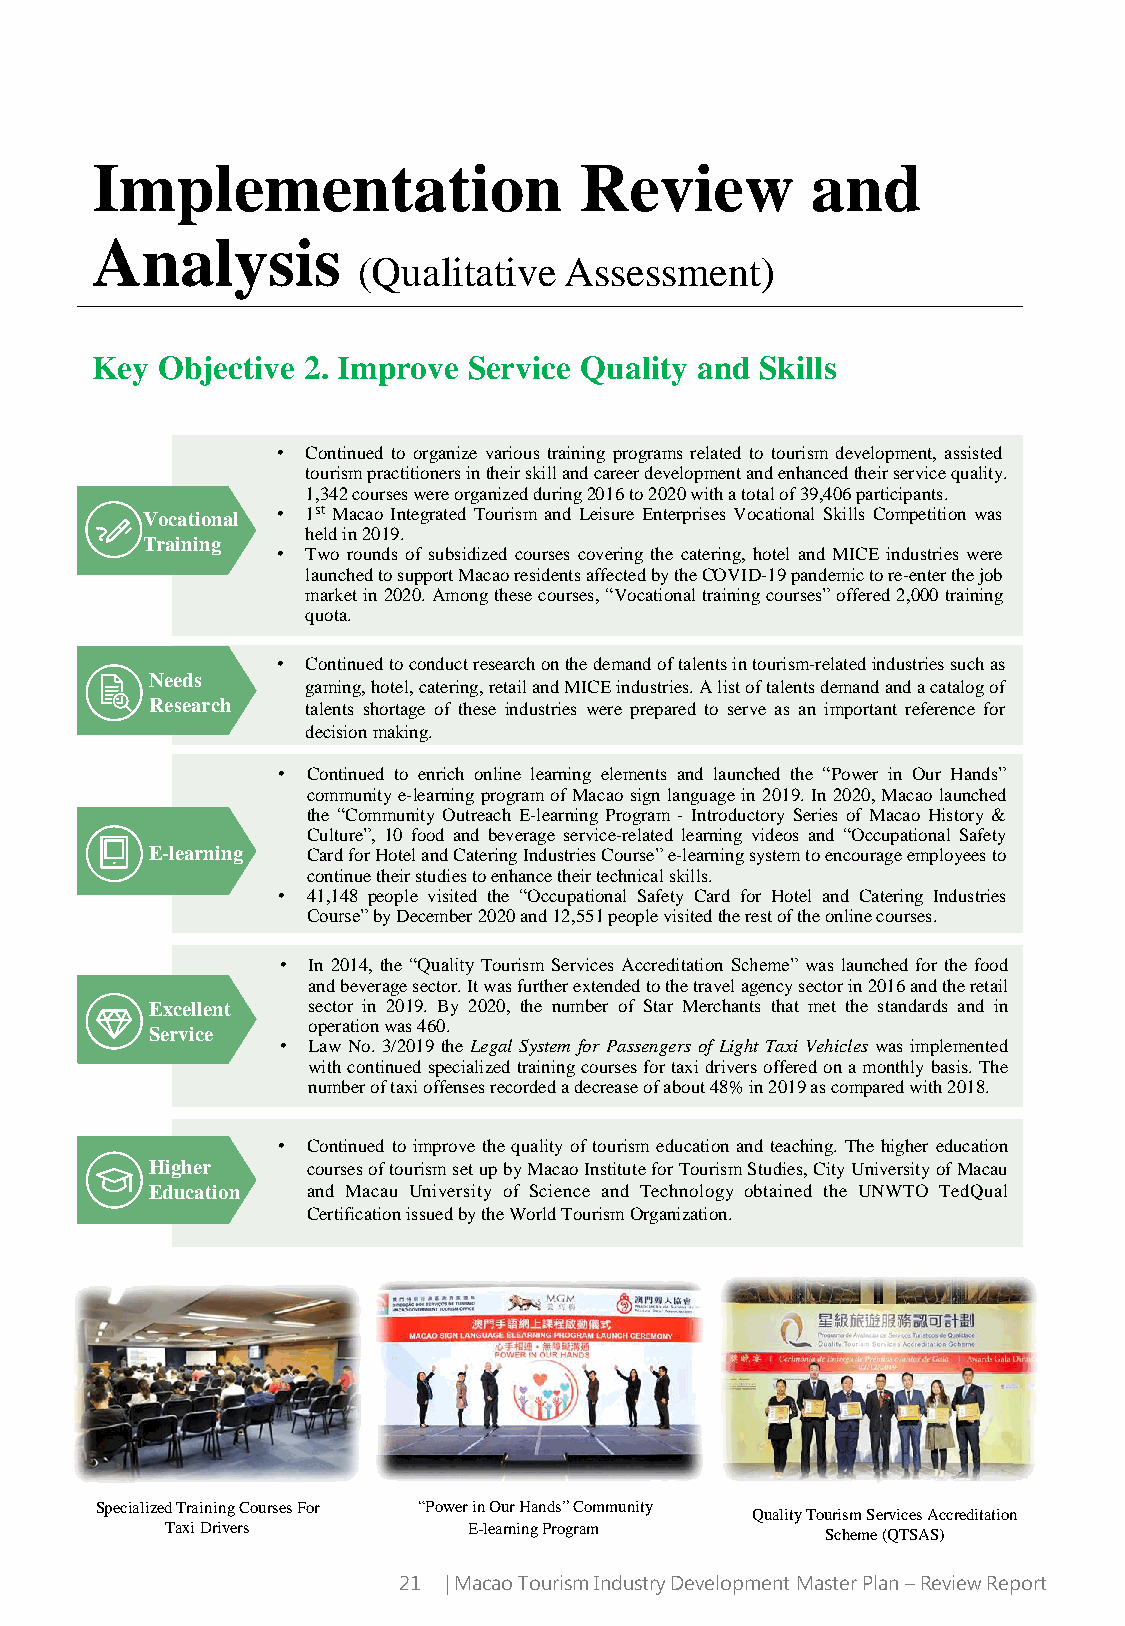
Implementation                  Review          and
 Analysis
 (Qualitative Assessment)
 Key Objective 2. Improve Service Quality and Skills
 • Continued to organize various training programs related to tourism development, assisted
 tourismpractitionersintheirskillandcareerdevelopmentandenhancedtheirservicequality.
 1,342courseswereorganizedduring2016to2020withatotalof39,406participants.
 Vocational • 1st Macao Integrated Tourism and Leisure Enterprises Vocational Skills Competition was
 heldin2019.
 Training
 • Two rounds of subsidized courses covering the catering, hotel and MICE industries were
 launchedtosupportMacaoresidentsaffectedbytheCOVID-19pandemictore-enterthejob
 marketin2020.Amongthesecourses,“Vocationaltrainingcourses”offered2,000training
 quota.
 • Continuedtoconductresearchonthedemandoftalentsintourism-relatedindustriessuchas
 Needs
 gaming,hotel,catering,retailandMICEindustries.Alistoftalentsdemandandacatalogof
 Research  talents shortage of these industries were prepared to serve as an important reference for
 decisionmaking.
 • Continued to enrich online learning elements and launched the “Power in Our Hands”
 communitye-learningprogramofMacaosign languagein 2019. In 2020,Macao launched
 the “Community Outreach E-learning Program - Introductory Series of Macao History &
 Culture”, 10 food and beverage service-related learning videos and “Occupational Safety
 E-learning CardforHotelandCateringIndustriesCourse”e-learningsystemtoencourageemployeesto
 continuetheirstudiestoenhancetheirtechnicalskills.
 • 41,148 people visited the “Occupational Safety Card for Hotel and Catering Industries
 Course”byDecember2020and12,551peoplevisitedtherestoftheonlinecourses.
 • In 2014, the “Quality Tourism Services Accreditation Scheme” was launched for the food
 andbeveragesector.Itwasfurtherextendedtothetravelagencysectorin2016andtheretail
 Excellent sector in 2019. By 2020, the number of Star Merchants that met the standards and in
 operationwas460.
 Service
 • Law No. 3/2019 theLegal System for Passengers of Light Taxi Vehicles was implemented
 withcontinuedspecializedtrainingcoursesfortaxidriversofferedonamonthlybasis.The
 numberoftaxioffensesrecordedadecreaseofabout48%in2019ascomparedwith2018.
 • Continued to improve the quality of tourism education and teaching. The higher education
 Higher    coursesoftourismsetupbyMacaoInstituteforTourismStudies,CityUniversityofMacau
 Education and Macau University of Science and Technology obtained the UNWTO TedQual
 CertificationissuedbytheWorldTourismOrganization.
 Specialized Training Courses For “Power in Our Hands”Community
 Quality Tourism Services Accreditation
 Taxi Drivers        E-learning Program      Scheme (QTSAS)
 21 | Macao Tourism Industry Development Master Plan –Review Report